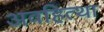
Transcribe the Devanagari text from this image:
अवहित्था